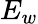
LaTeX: E_{w}